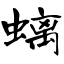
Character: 螭